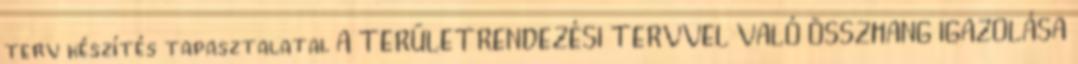
terv készítés tapasztalatai. A TERÜLETRENDEZÉSI TERVVEL VALÓ ÖSSZHANG IGAZOLÁSA